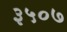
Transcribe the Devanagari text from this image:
३५०७